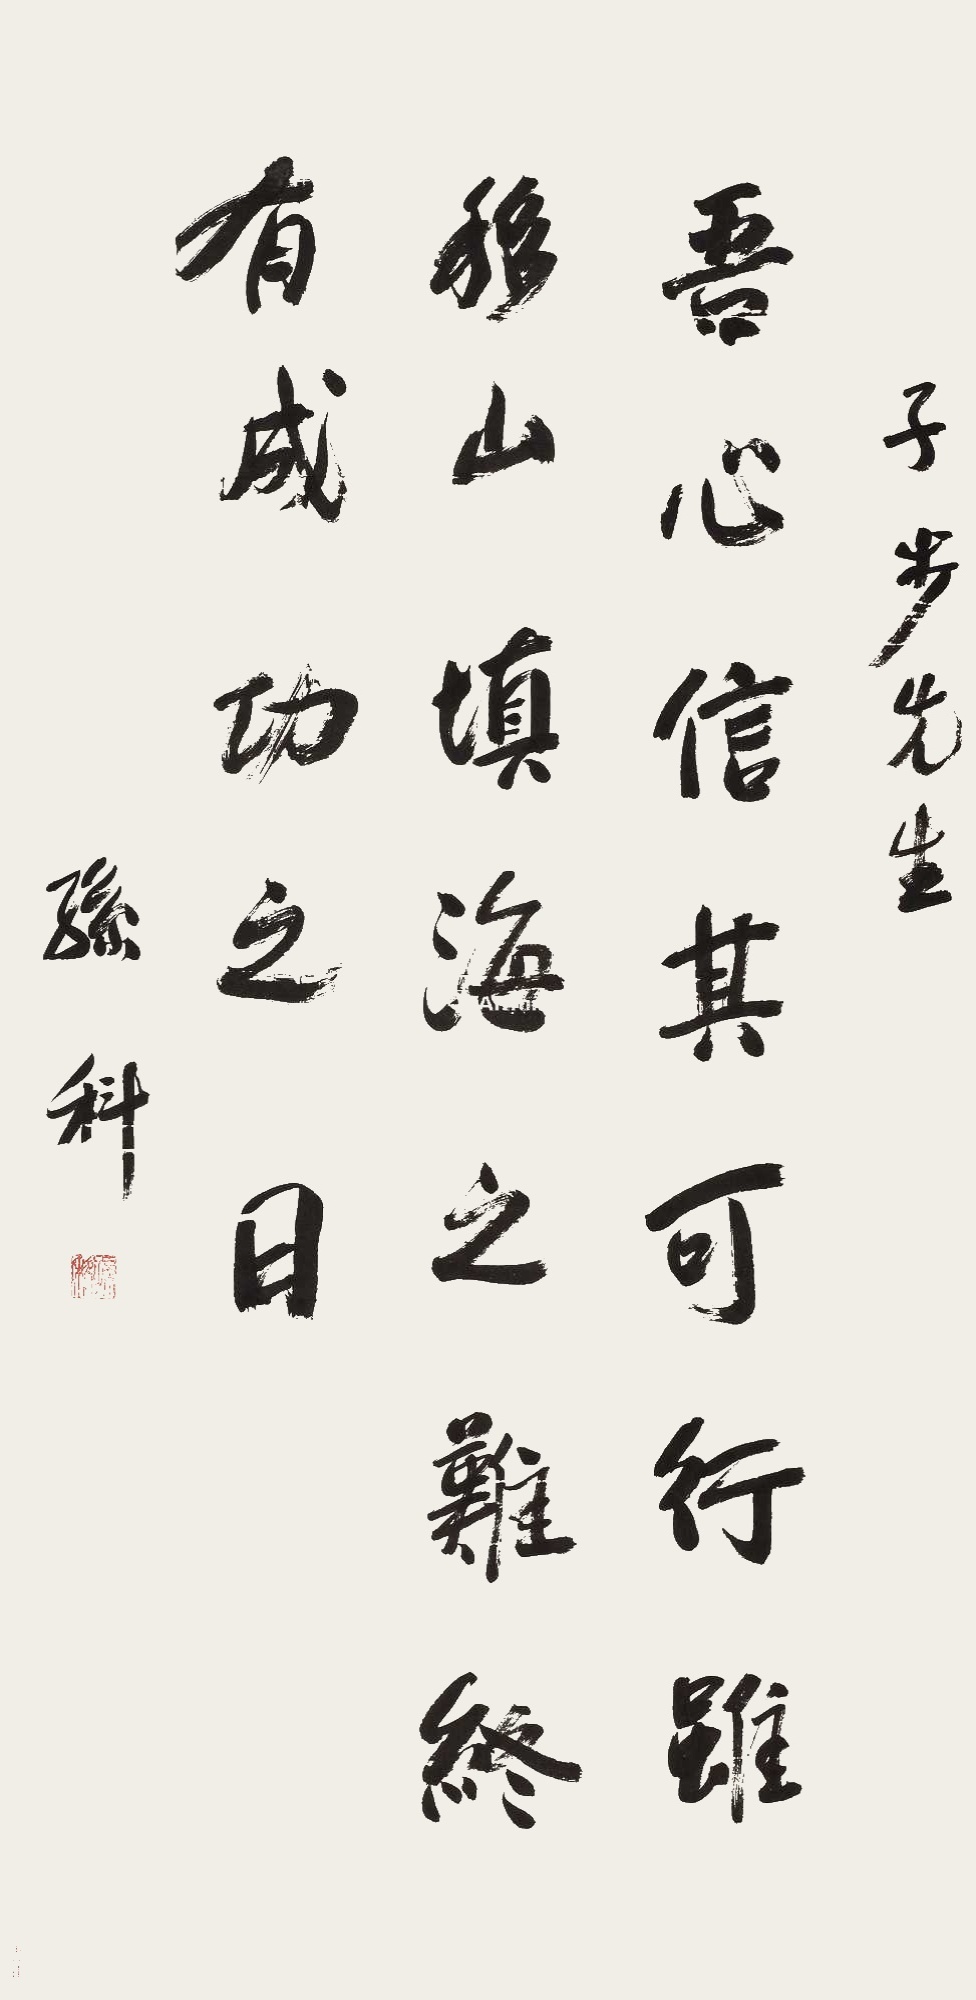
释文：吾心信其可行，虽移山填海之难终有成功之日。子步先生，孙科。